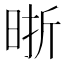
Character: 晣